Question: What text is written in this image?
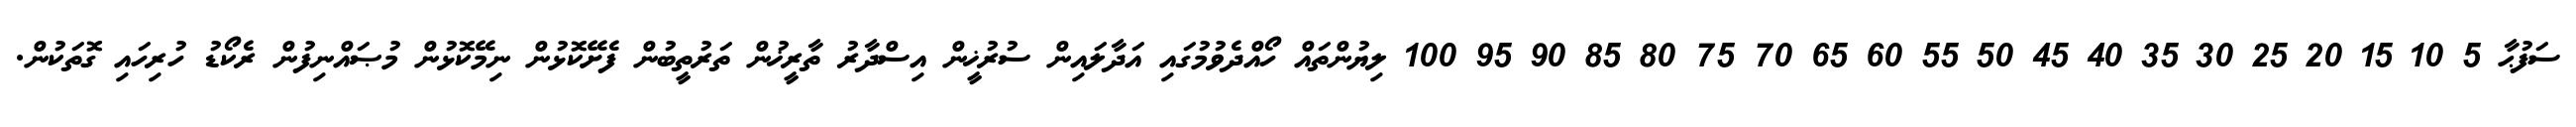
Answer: ސަފުޙާ 5 10 15 20 25 30 35 40 45 50 55 60 65 70 75 80 85 90 95 100 ލިޔުންތައް ހޯއްދެވުމުގައި އަދާލައިން ސުރުޚީން އިސްދާރު ތާރީޚުން ތަރުތީބުން ފެށޭކޮޅުން ނިމޭކޮޅުން މުޞައްނިފުން ރެކޯޑު ހުރިހައި ގޮތަކުން.